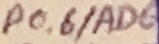
Text: P0.6/AD6